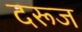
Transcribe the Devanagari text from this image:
दरूज